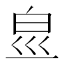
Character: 𤽋